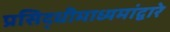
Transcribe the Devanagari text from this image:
प्रसिद्धीमाध्यमांद्वारे